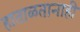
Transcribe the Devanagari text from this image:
हाताळतानाही